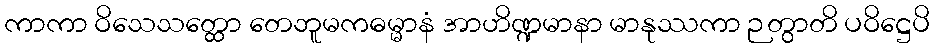
ကာကာ ဝိသေသတ္ထော တေဘူမကဓမ္မာနံ အာဟိဏ္ဍမာနာ မာနုဿကာ ဉတွာတိ ပဝိဋ္ဌေပိ